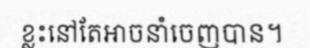
ខ្លះនៅតែអាចនាំចេញបាន។